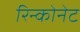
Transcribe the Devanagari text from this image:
रिन्कोनेट